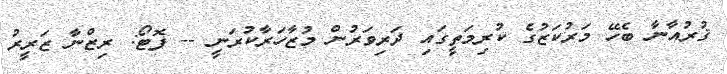
ޤުރުއާނާ ބެހޭ މަރުކަޒުގެ ކުރިމަތީގައި ދަރިވަރުން މުޒާހަރާކުރަނީ -- ފޮޓޯ: ރިޒްނާ ޒަރީރު